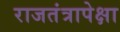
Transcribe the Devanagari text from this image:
राजतंत्रापेक्षा